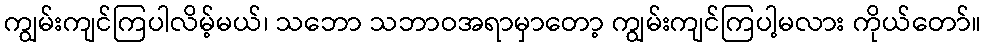
ကျွမ်းကျင်ကြပါလိမ့်မယ်၊ သဘော သဘာဝအရာမှာတော့ ကျွမ်းကျင်ကြပါ့မလား ကိုယ်တော်။